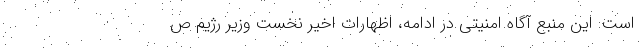
است. این منبع آگاه امنیتی در ادامه، اظهارات اخیر نخست وزیر رژیم ص